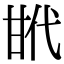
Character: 𢎌